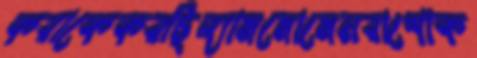
করাকেকরছিল্যামমোমেনরাশোঁক